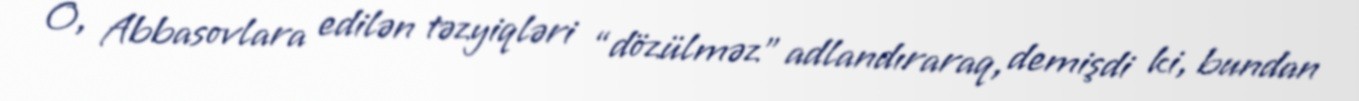
O, Abbasovlara edilən təzyiqləri “dözülməz” adlandıraraq, demişdi ki, bundan